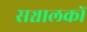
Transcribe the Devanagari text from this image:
सञ्चालकों